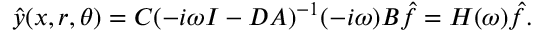
\hat { y } ( x , r , \theta ) = C ( - i \omega I - D A ) ^ { - 1 } ( - i \omega ) B \hat { f } = H ( \omega ) \hat { f } .